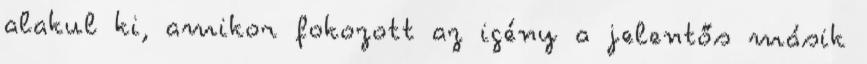
alakul ki, amikor fokozott az igény a jelentős másik